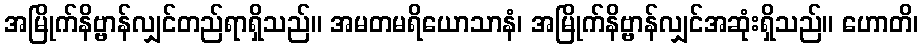
အမြိုက်နိဗ္ဗာန်လျှင်တည်ရာရှိသည်။ အမတမရိယောသာနံ၊ အမြိုက်နိဗ္ဗာန်လျှင်အဆုံးရှိသည်။ ဟောတိ၊